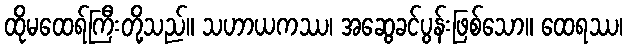
ထိုမထေရ်ကြီးတို့သည်။ သဟာယကဿ၊ အဆွေခင်ပွန်းဖြစ်သော။ ထေရဿ၊